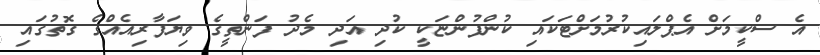
އެ ސްކީމަށް އެޕްލައިކުރުމަށްޓަކައި ކުންފުންޏަކީ ކުދި އަދި މެދު ފަންތީގެ ވިޔަފާރިއެއްގެ ގޮތުގައި